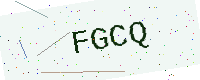
Text: FGCQ